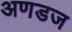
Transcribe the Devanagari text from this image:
अणडज